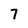
Character: 7